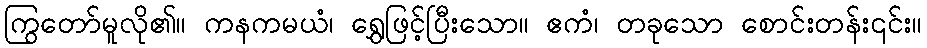
ကြွတော်မူလို၏။ ကနကမယံ၊ ရွှေဖြင့်ပြီးသော။ ဧကံ၊ တခုသော စောင်းတန်း၎င်း။